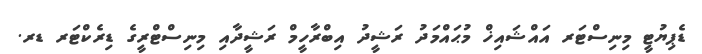
ޑެޕިޔުޓީ މިނިސްޓަރ އައްޝައިޚް މުޙައްމަދު ރަޝީދު އިބްރާހީމް ރަޝީދާއި މިނިސްޓްރީގެ ޑިރެކްޓަރ ޑރ.